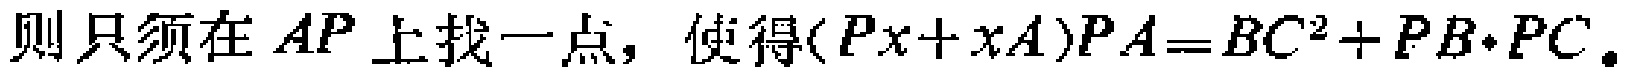
则只须在 \(AP\) 上找一点，使得\((Px + xA)PA = BC^{2}+PB\cdot PC\)。